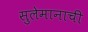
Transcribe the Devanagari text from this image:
सुलेमानाची